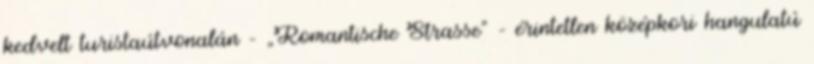
kedvelt turistaútvonalán – „Romantische Strasse” – érintetlen középkori hangulatú